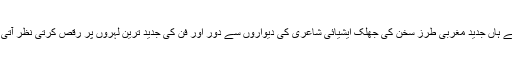
ان کے ہاں جدید مغربی طرز سخن کی جھلک ایشیائی شاعری کی دیواروں سے دور اور فن کی جدید ترین لہروں پر رقص کرتی نظر آتی ہے۔